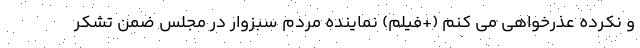
و نکرده عذرخواهی می کنم (+فیلم) نماینده مردم سبزوار در مجلس ضمن تشکر